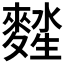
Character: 𪍖